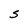
Character: S